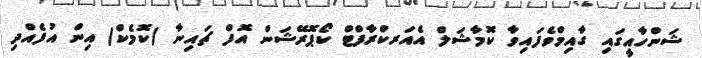
ޝަންހާއީގައި ގާއިމްވެފައިވާ ކޮމާޝަލް އެއަރކްރާފްޓް ކޯޕޮރޭޝަން އޮފް ޗައިނާ (ކޮމެކް) އިން އުފެއްދި